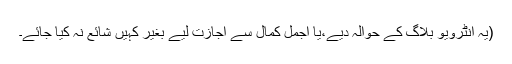
(یہ انٹرویو بلاگ کے حوالہ دیے،یا اجمل کمال سے اجازت لیے بغیر کہیں شائع نہ کیا جائے۔